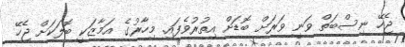
ޖެހޭ ނިސްބަތް ވަނީ ވަރަށް ބޮޑަށް އިތުރުވެފައި. މިހާރުގެ އަމާޒަކީ ބޮލަކަށް ޖެހޭ